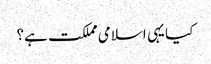
کیا یہی اسلامی مملکت ہے؟